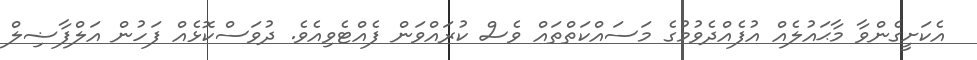
އެކަށީގެންވާ މާޙައުލެއް އުފެއްދެވުމުގެ މަސައްކަތްތައް ވެސް ކުރައްވަން ފެއްޓެވިއެވެ. ދުވަސްކޮޅެއް ފަހުން އަލްފާޟިލް